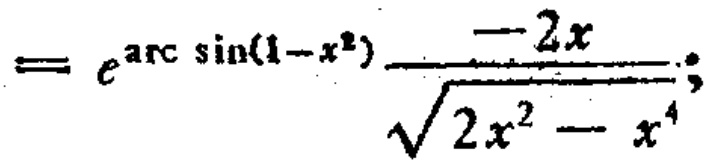
\[=e^{\arcsin(1 - x^{2})}\frac{- 2x}{\sqrt{2x^{2}-x^{4}}};\]